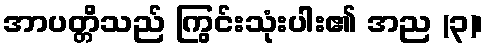
အာပတ္တိသည် ကြွင်းသုံးပါး၏ အည (၃)၊